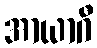
အာယာဂီ